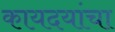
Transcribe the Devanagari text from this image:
कायदयांचा